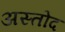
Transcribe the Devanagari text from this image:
अस्तोद